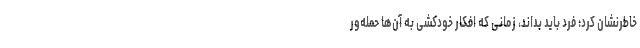
خاطرنشان کرد: فرد باید بداند، زمانی که افکار خودکشی به آن‌ها حمله‌ور